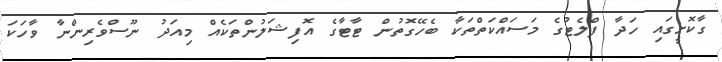
ގާކޮށީގައި ހަދާ ފްލެޓުގެ މަސައްކަތްތަކާ ބެހޭގޮތުން ޓާޓާގެ އޮފިޝަލުންތަކެއް މިއަދު ނޫސްވެރިންނާ ވާހަކަ